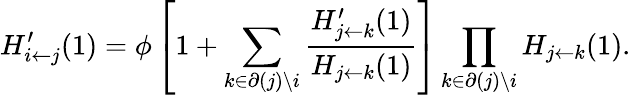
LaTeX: H_{i\leftarrow j}^{\prime}(1)=\phi\left[1+\sum_{k\in\partial(j)\backslash i}\frac{H_{j\leftarrow k}^{\prime}(1)}{H_{j\leftarrow k}(1)}\right]\prod_{k\in\partial(j)\backslash i}H_{j\leftarrow k}(1).